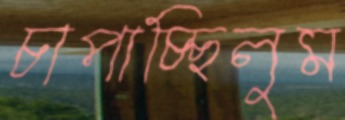
চাপাচ্ছিলুম